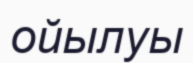
ойылуы